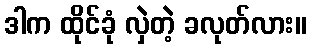
ဒါက ထိုင်ခုံ လှဲတဲ့ ခလုတ်လား။